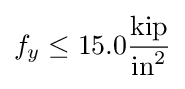
f_{y}\leq 15.0{\frac {\textrm {kip}}{{\textrm {in}}^{2}}}